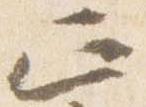
正